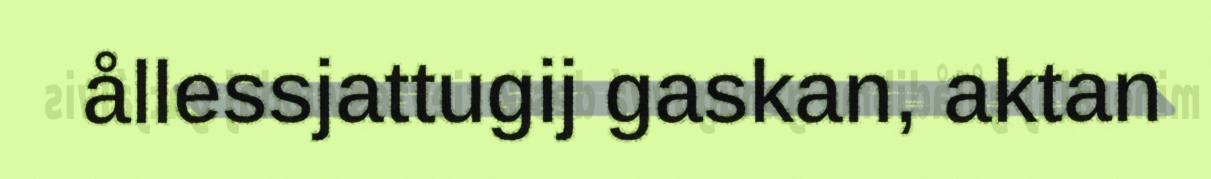
ållessjattugij gaskan, aktan